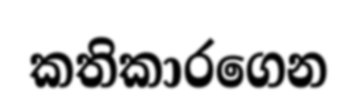
කතිකාරගෙන